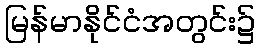
မြန်မာနိုင်ငံအတွင်း၌